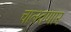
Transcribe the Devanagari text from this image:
चालवणार